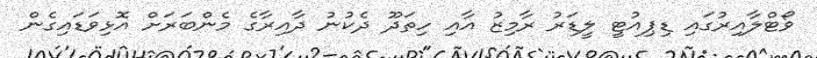
ވޯޓްލާއިރުގައި ޑިޕިއުޓީ ލީޑަރު ރާމިޒު އާއި ހިތަދޫ ދެކުނު ދާއިރާގެ މެންބަރަށް އޮޅިވަޑައިގެން